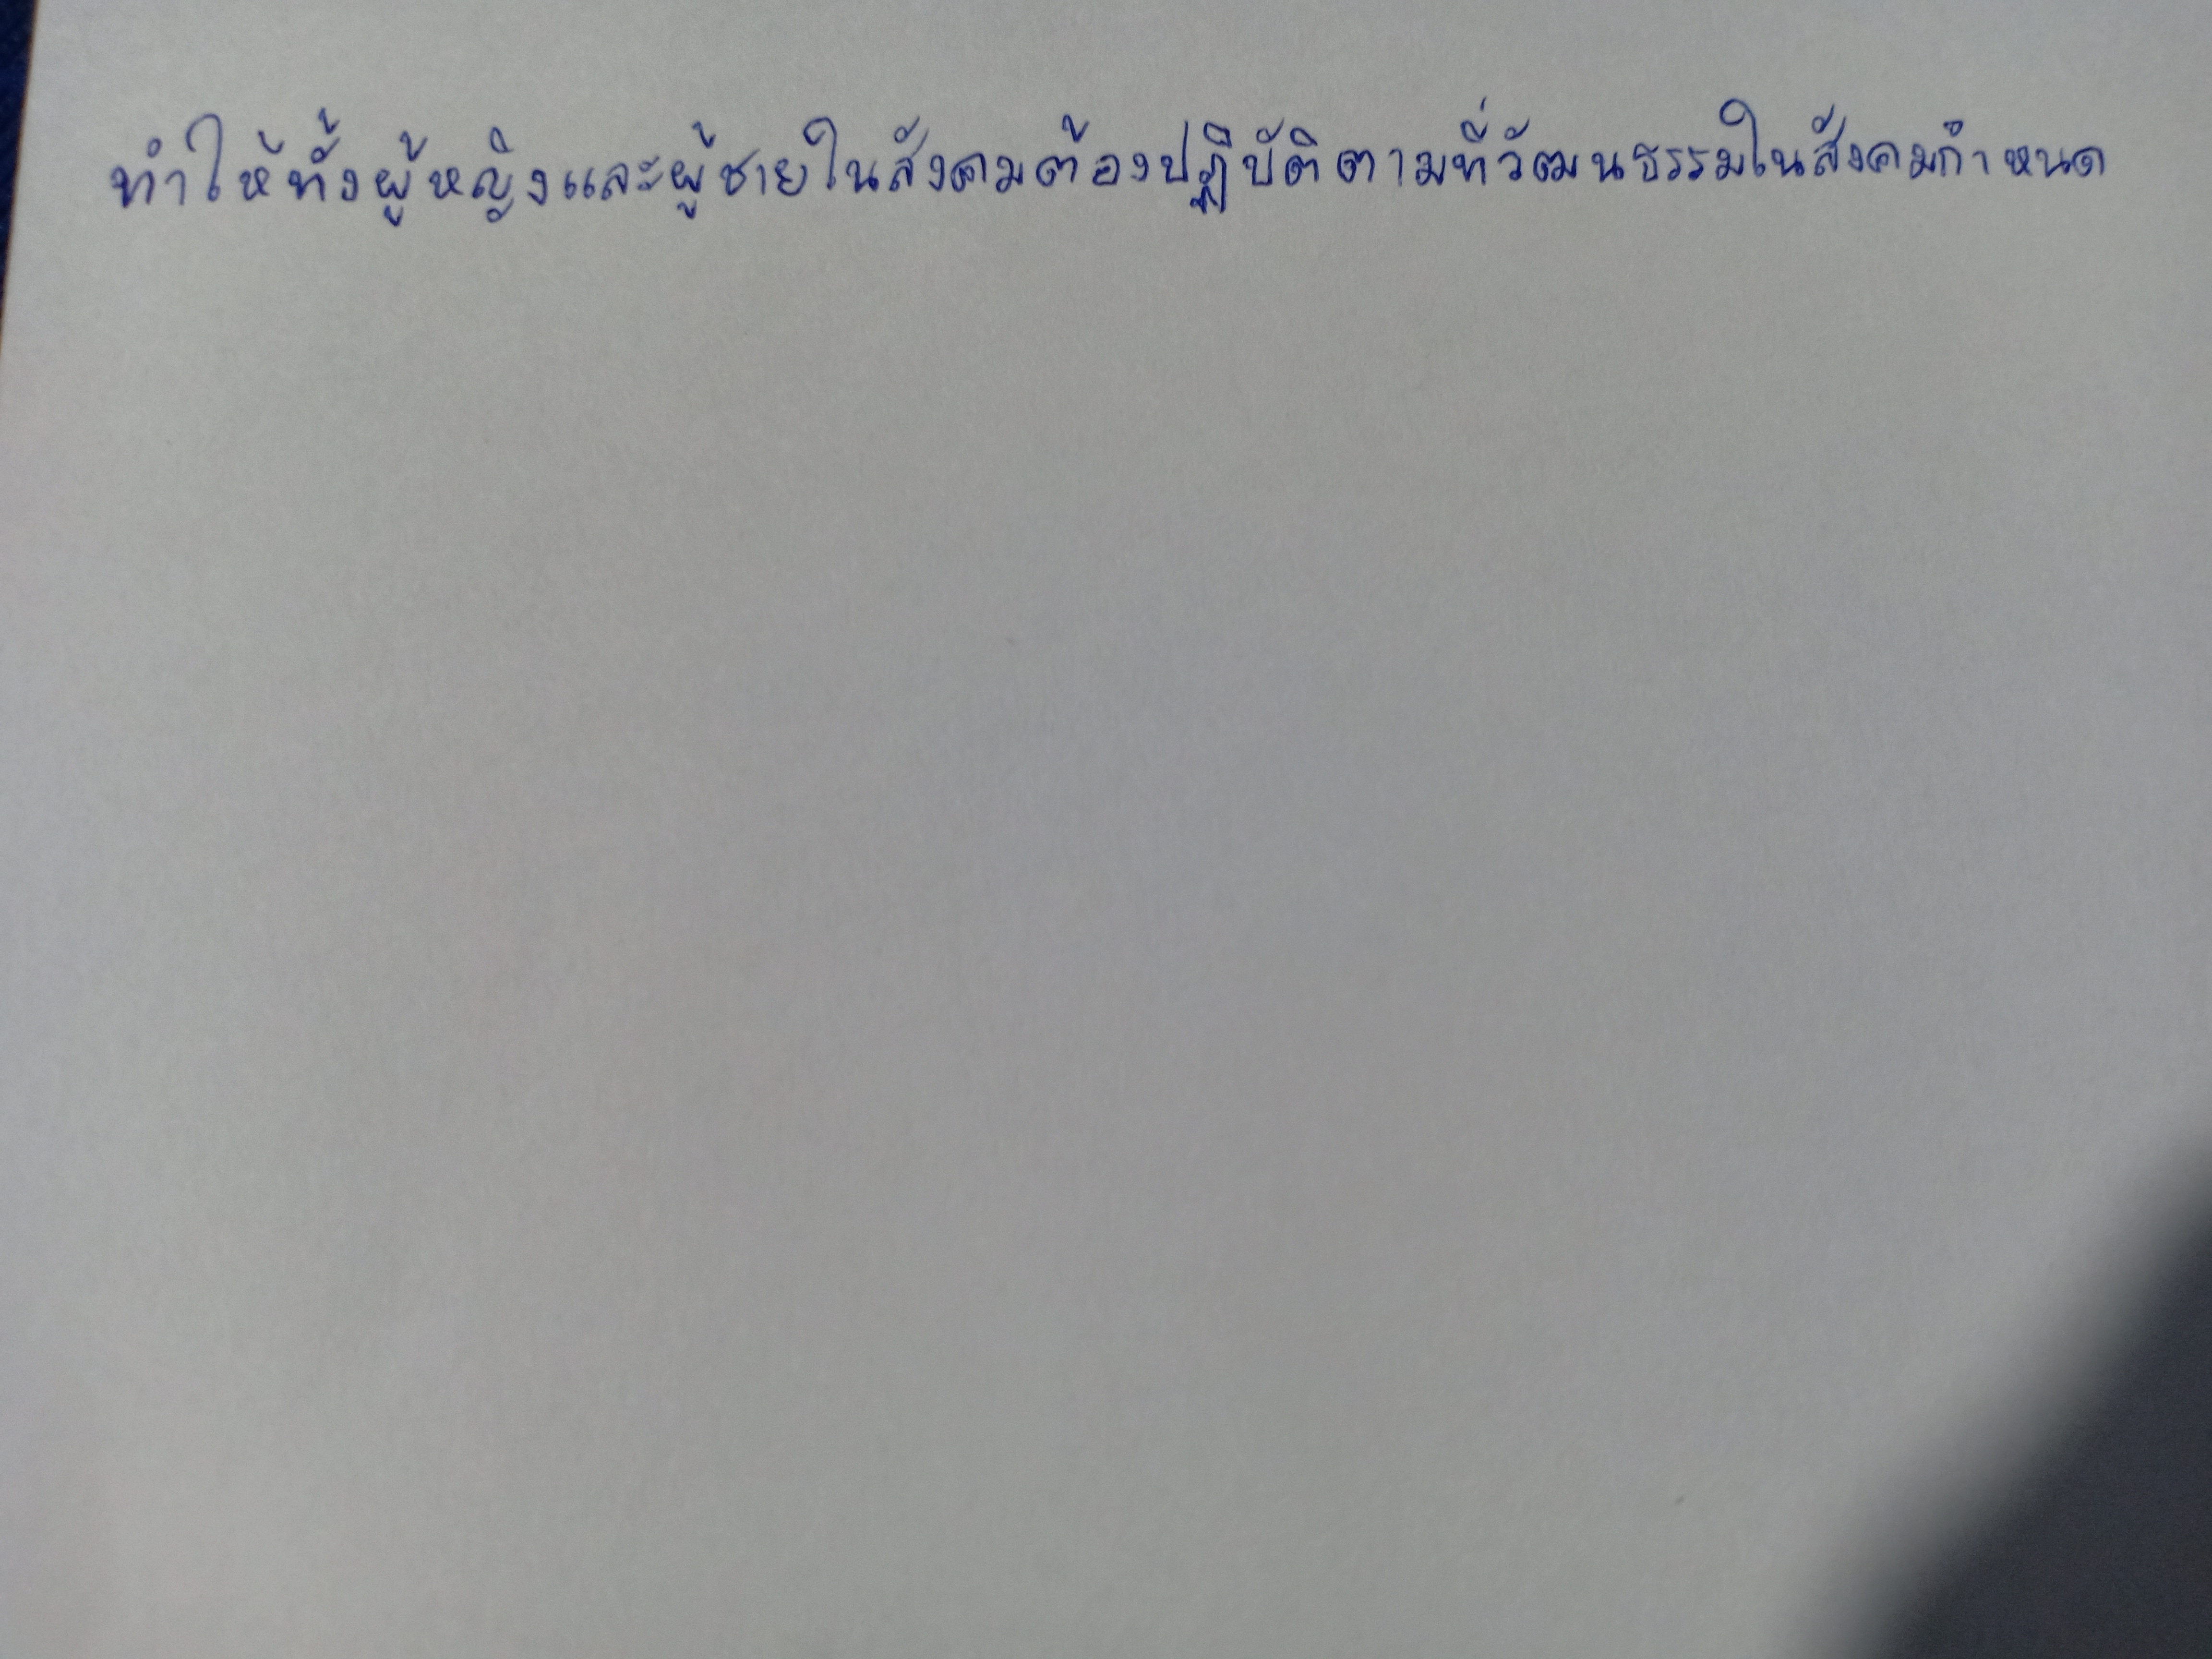
ทำให้ทั้งผู้หญิงและผู้ชายในสังคมต้องปฏิบัติตามที่วัฒนธรรมในสังคมกำหนด